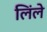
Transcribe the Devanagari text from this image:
लिंले